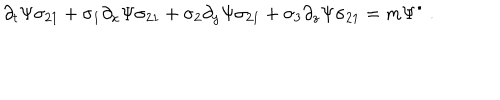
LaTeX: \partial _ { t } \Psi \sigma _ { 2 1 } + \sigma _ { 1 } \partial _ { x } \Psi \sigma _ { 2 1 } + \sigma _ { 2 } \partial _ { y } \Psi \sigma _ { 2 1 } + \sigma _ { 3 } \partial _ { z } \Psi \sigma _ { 2 1 } = m \Psi ^ { \bullet } ~ .